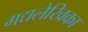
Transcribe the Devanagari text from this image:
गद्यलेखिका